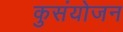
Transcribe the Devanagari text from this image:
कुसंयोजन